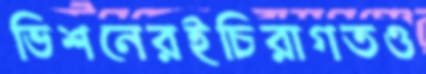
ভিশনেরইচিরাগতও